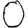
Digit: 0